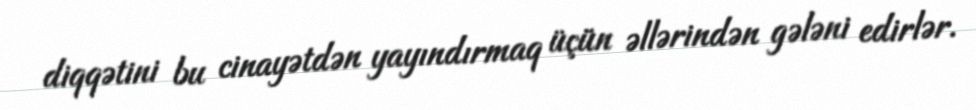
diqqətini bu cinayətdən yayındırmaq üçün əllərindən gələni edirlər.